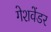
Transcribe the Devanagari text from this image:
गेशवेंडर